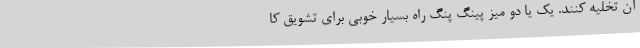
آن تخلیه کنند. یک یا دو میز پینگ پنگ راه بسیار خوبی برای تشویق کا